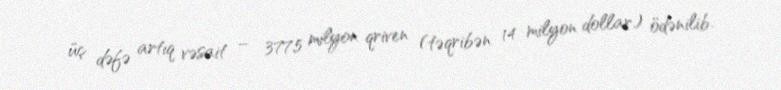
üç dəfə artıq vəsait – 377,5 milyon qriven (təqribən 14 milyon dollar) ödənilib.